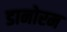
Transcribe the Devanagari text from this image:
डानोरम